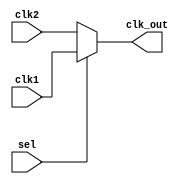
// This program was cloned from: https://github.com/intel/aib-phy-hardware
// License: Apache License 2.0

// SPDX-License-Identifier: Apache-2.0
// Copyright (C) 2019 Intel Corporation. All rights reserved
module cfg_cmn_clk_mux (
  input  clk1,
  input  clk2,
  input  sel,
  output clk_out
);

  assign clk_out = sel ? clk1 : clk2;

endmodule